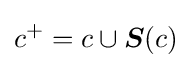
c^{+}=c\cup {\boldsymbol {S}}(c)